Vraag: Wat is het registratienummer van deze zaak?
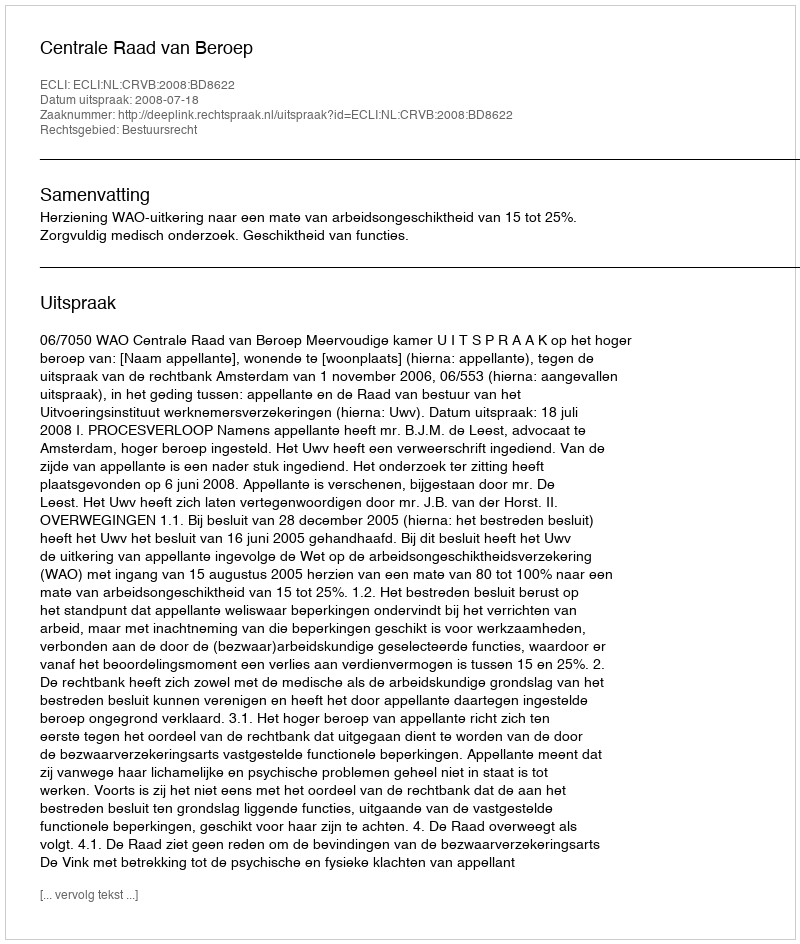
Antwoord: http://deeplink.rechtspraak.nl/uitspraak?id=ECLI:NL:CRVB:2008:BD8622